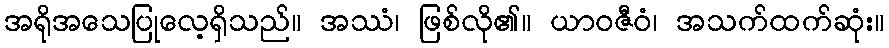
အရိုအသေပြုလေ့ရှိသည်။ အဿံ၊ ဖြစ်လို၏။ ယာဝဇီဝံ၊ အသက်ထက်ဆုံး။